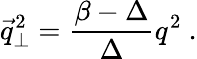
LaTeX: {\vec{q}}_{\perp}^{2}={\frac{\beta-\Delta}{\Delta}}q^{2}\ .